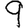
Digit: 9